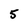
Character: 5